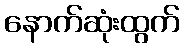
နောက်ဆုံးထွက်